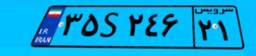
۳۵S۲۴۶۲۱